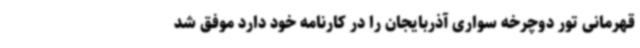
قهرمانی تور دوچرخه سواری آذربایجان را در کارنامه خود دارد موفق شد